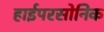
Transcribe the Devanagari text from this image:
हाईपरसोनिक